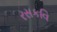
રસકવિ